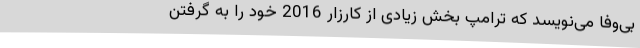
بی‌وفا می‌نویسد که ترامپ بخش زیادی از کارزار 2016 خود را به گرفتن